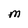
Character: M